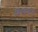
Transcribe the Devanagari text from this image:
विश्‍वनाथ्‍ा